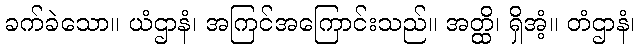
ခက်ခဲသော။ ယံဌာနံ၊ အကြင်အကြောင်းသည်။ အတ္ထိ၊ ရှိအံ့။ တံဌာနံ၊